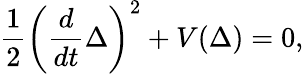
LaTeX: \frac{1}{2}\bigg(\frac{d}{dt}\Delta\bigg)^{2}+V(\Delta)=0,